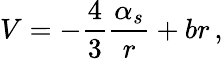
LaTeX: V=-{\frac{4}{3}}{\frac{\alpha_{s}}{r}}+br\, ,